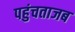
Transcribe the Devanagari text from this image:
पहुंचताजब